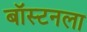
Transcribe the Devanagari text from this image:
बॉस्टनला